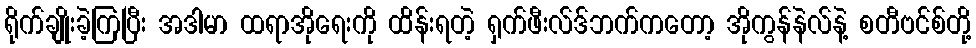
ရိုက်ချိုးခဲ့ကြပြီး အဒါမာ ထရာအိုရေးကို ထိန်းရတဲ့ ရှက်ဖီးလ်ဒ်ဘက်ကတော့ အိုကွန်နဲလ်နဲ့ စတီဗင်စ်တို့